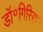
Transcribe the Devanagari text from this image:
डॉ॰गिरिराज